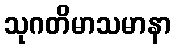
သုဂတိမာသမာနာ